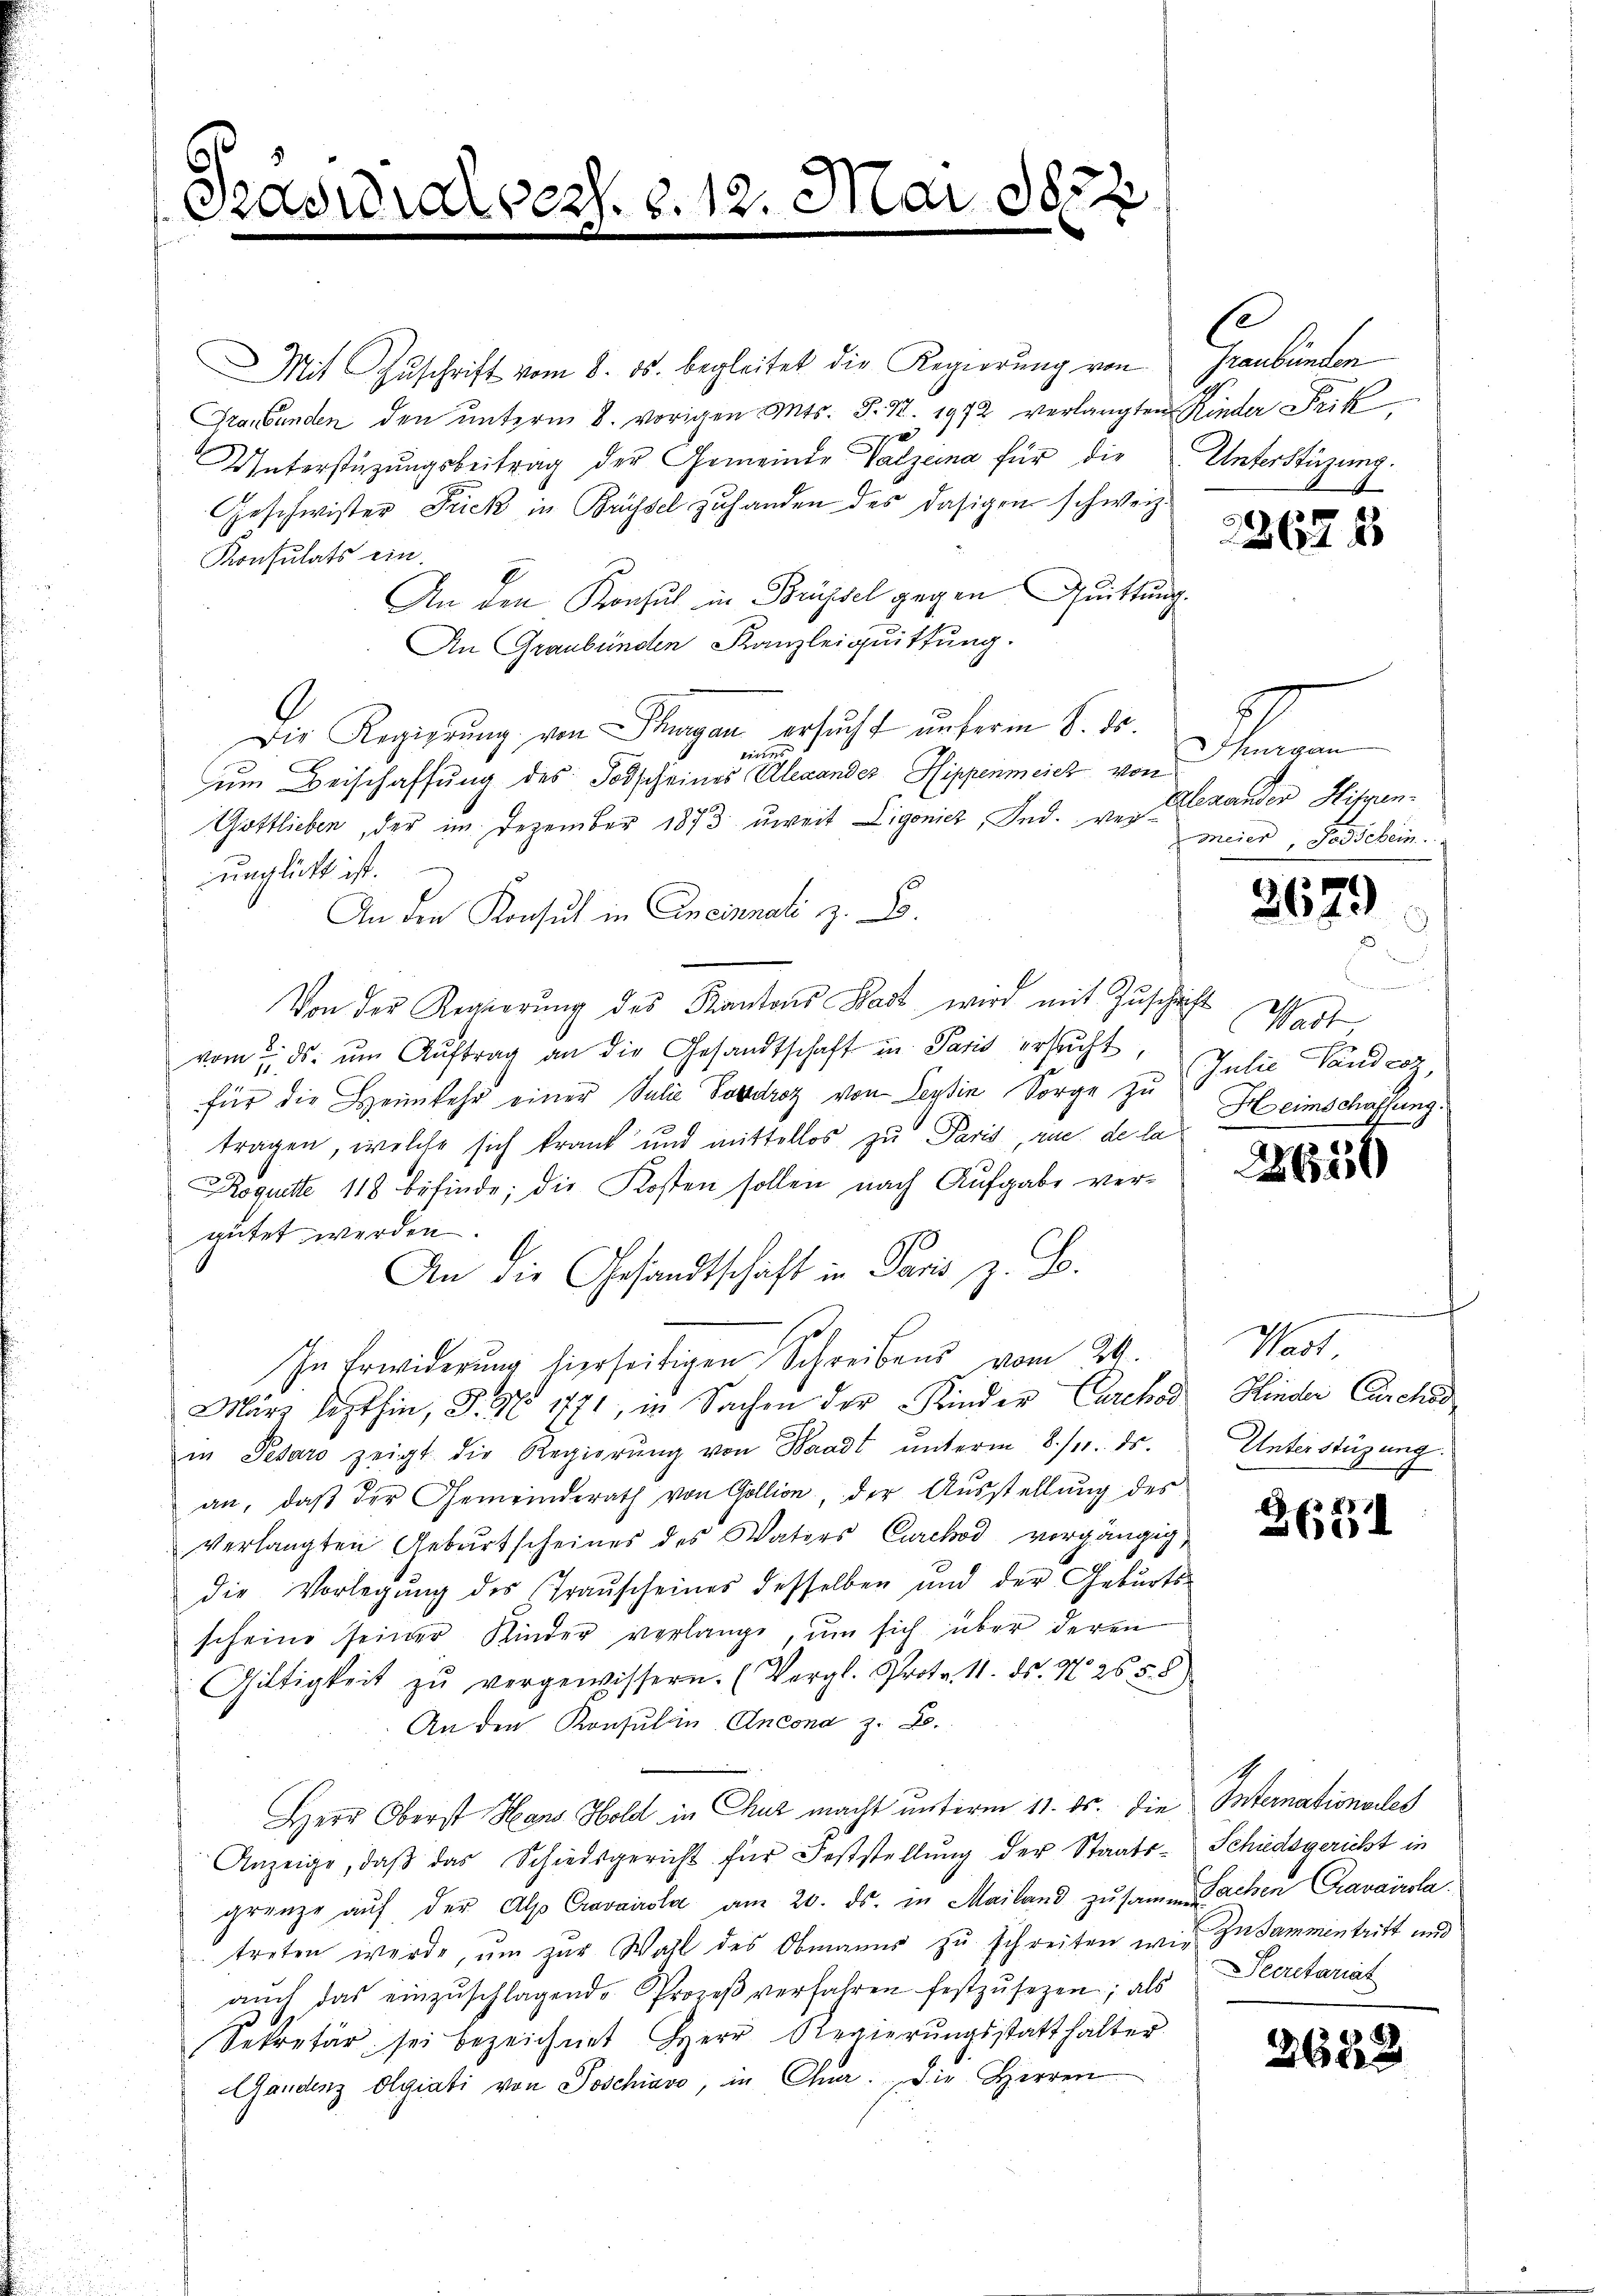
Praerar

§. 12. M

A 385 x

Mit Zuschrift vom 8. ds. begleitet die Regierung von
Graubünden den ŭnterm 8. vorigen Mts. S. 12. 1972 verlangten Kinder Frik
Unterstüzungsbeitrag der Gemeinde Valzeina für die
Geschwister Frick in Brüssel zuhanden des dasigen schweiz.
Konsulats ein.
An den Konsul in Brüssel gegen Quittung.
An Graubünden Kanzleiquittung.
.
Die Regierŭng von Thurgau ersucht unferin 8. ds.
kirtes
um Beischaffung des Todscheines Alexandes Hippenmeich von
Gottlieben, der im Dezember 1873 weit Ligonick, And. Wer-Meier, Vorschein.
unglicht ist.
An den Konsul in Aneinnati z. B.
Von der Regierung des Kantons Badt wird mit Zuschrift als
vom 1. ds. ŭm Aŭftrag an die Gesandtschaft in Paris ersucht,
für die Heimkehr einer Julie Postdroz von Leydin Sorge zu Julie Landrez,
tragen, welche sich krank und mittellos zu Paris, zu de la
Roquitte 118 befinde; die Kosten sollen nach Aufgabe vergütet werden.
4
An die Gesandtschaft in Paris z. B.
In Erwiderŭng hierseitigen Schreibens vom 24.
März lezthin, S. Nr. 1771, in Sachen der Kinder Carchod
in Pesars zeigt die Regierŭng von Waadt ŭnterm 8./11. ds.
an, daβ der Gemeinderath von Gollion, der Aŭsstellŭng des
verlangten Geburtscheines des Vaters Carchod vorgängig
die Vorlegŭng des Trauscheines desselben und der Geburts-
scheine seiner Kinder verlange, um sich über deren
Giltigkeit zŭ vergewissern. (Vergl. Proto. 11. ds. No. 265. 8
An den Konsul in Ancona z. B.
Herr Oberst Hans Hold in Chuz macht unterm 11. ds. die
Anzeige, daβ das Schiedsgericht für Feststellung der Staatsgrenze aŭf der Alp Cravairola am 20. ds. in Mailand zusammen Lachen Cravairola
treten werde, um zur Wahl des Obmanns zu schreiten wie Zusammentritt und
aŭch das einzŭschlagende Prozeβ verfahren festzŭsetzen; als
Sekretär sei bezeichnet Herr Regierŭngsstatthalter
Gandenz Olgiati von Joschiavo, in Chr. Die Herren

se
Graubünden
Unterstüzung.
.

2367 f

5
Thurgau
Alexander Heisen.

2679

arlamenstand der
Wart
s
Heimschaffung.

2650

Wait.
Kinder Carchod
Unterstüzung.

85.
A

Intanationales
Schiedsgericht in
Secretariat

2623